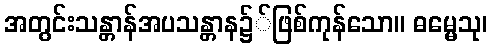
အတွင်းသန္တာန်အပသန္တာန၌်ဖြစ်ကုန်သော။ ဓမ္မေသု၊